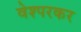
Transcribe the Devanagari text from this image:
वेश्परकर